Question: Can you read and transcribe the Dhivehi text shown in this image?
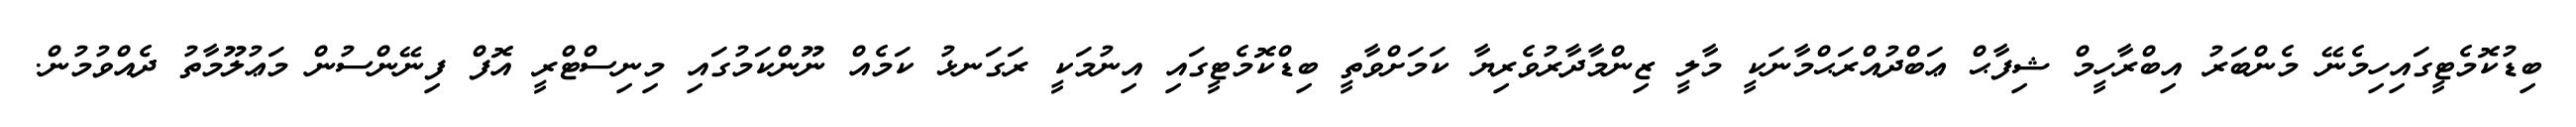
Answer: ބިޑުކޮމެޓީގައިހިމެނޭ މެންބަރު އިބްރާހީމް ޝިފާޙް ޢަބްދުއްރަޙްމާނަކީ މާލީ ޒިންމާދާރުވެރިޔާ ކަމަށްވާތީ ބިޑްކޮމެޓީގައި އިނުމަކީ ރަގަނޅު ކަމެއް ނޫންކަމުގައި މިނިސްޓްރީ އޮފް ފިނޭންސުން މަޢުލޫމާތު ދެއްވުމުން.